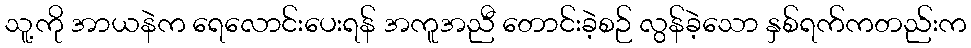
သူ့ကို အာယနဲက ရေလောင်းပေးရန် အကူအညီ တောင်းခဲ့စဉ် လွန်ခဲ့သော နှစ်ရက်ကတည်းက